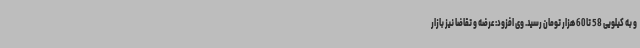
و به کیلویی 58 تا 60 هزار تومان رسید. وی افزود: عرضه و تقاضا نیز بازار